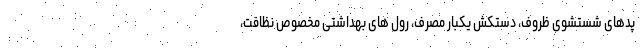
پدهای شستشوی ظروف، دستکش یکبار مصرف، رول های بهداشتی مخصوص نظافت،